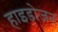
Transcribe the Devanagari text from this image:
हाइडोजन